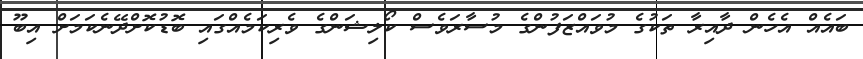
ބައެއް އެހެން ދާއިރާ ތަކުގެ މުވައްޒަފުންގެ މުސާރަވެސް ކޯލިޝަންގެ ވެރިކަމެއްގައި ބޮޑުކޮށްދޭނެކަމަށް އިބޫ